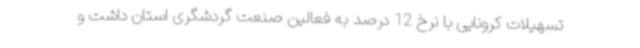
تسهیلات کرونایی با نرخ 12 درصد به فعالین صنعت گردشگری استان داشت و